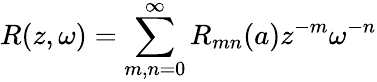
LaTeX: R(z,\omega)=\sum_{m,n=0}^{\infty}R_{mn}(a)z^{-m}\omega^{-n}